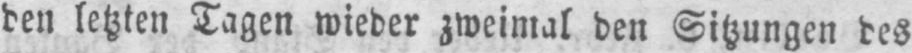
den letzten Tagen wieder zweimal den Sitzungen des